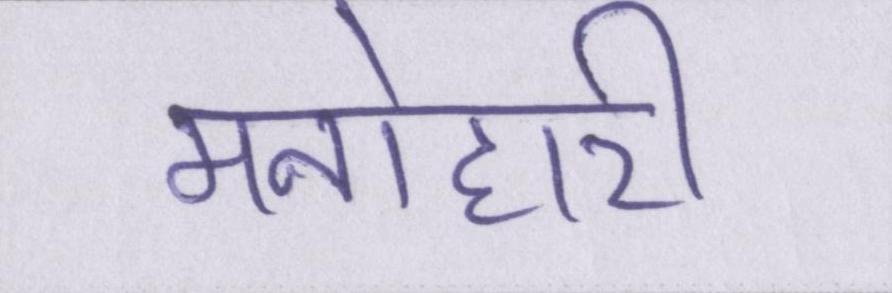
मनोहारी